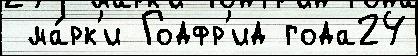
 ма́рк'и Годфр'ид года24